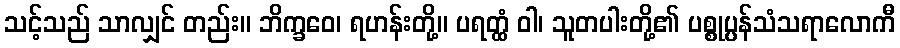
သင့်သည် သာလျှင် တည်း။ ဘိက္ခဝေ၊ ရဟန်းတို့။ ပရတ္ထံ ဝါ၊ သူတပါးတို့၏ ပစ္စုပ္ပန်သံသရာလောကီ